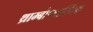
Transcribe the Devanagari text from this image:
थ्राम्बोप्लास्टिक